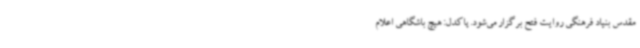
مقدس بنیاد فرهنگی روایت فتح برگزار می‌شود. پاکدل: هیچ باشگاهی اعلام